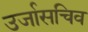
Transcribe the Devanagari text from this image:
उर्जासचिव